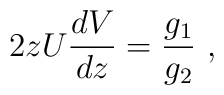
2zU{dV\over dz}={g_1\over g_2}~,